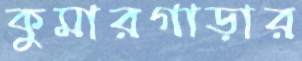
কুমারগাড়ার